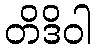
တိဒိဝါ